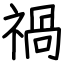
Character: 禍